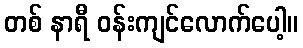
တစ် နာရီ ဝန်းကျင်လောက်ပေါ့။